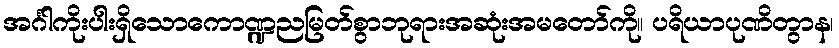
အင်္ဂါကိုးပါးရှိသောကောဏ္ဍညမြတ်စွာဘုရားအဆုံးအမတော်ကို။ ပရိယာပုဏိတွာန၊